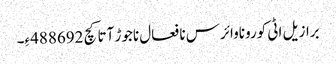
برازیل اٹی کوروناوائرس نا فعال ناجوڑ آتا کچ 488692ءِ۔